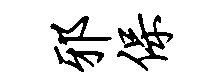
邪保